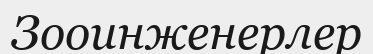
Зооинженерлер